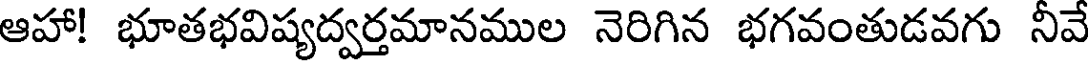
ఆహా! భూతభవిష్యద్వర్తమానముల నెరిగిన భగవంతుడవగు నీవే